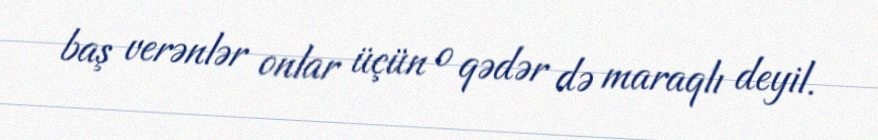
baş verənlər onlar üçün o qədər də maraqlı deyil.